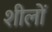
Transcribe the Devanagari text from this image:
शीलों